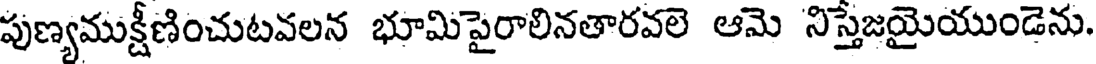
పుణ్యముక్షీణించుటవలన భూమిపైరాలినతారవలె ఆమె నిస్తేజయైయుండెను